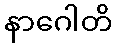
နာဂေါတိ